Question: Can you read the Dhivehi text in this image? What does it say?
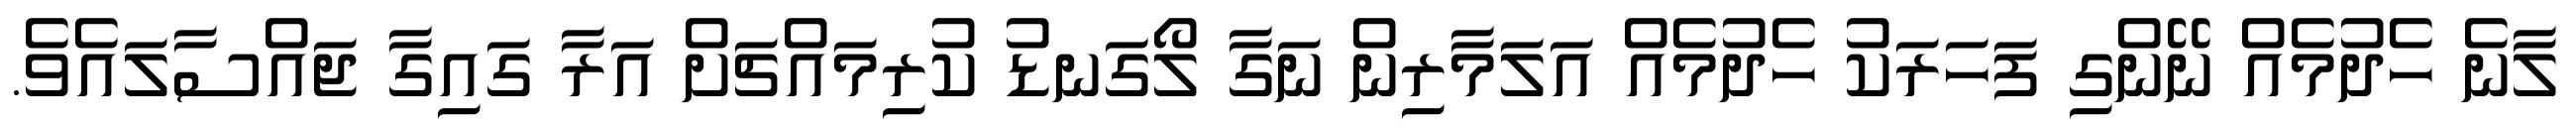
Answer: ލާނެ ހެދުމެއް ނޭންގި ފަހަރަކު ހެދުމެއް އަލަމާރިން ނަގާ ލޯގަނޑު ކުރިމައްޗަށް އަރާ ގައިގާ ޖައްސާލައެވެ.